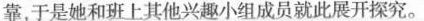
靠，于是她和班上其他兴趣小组成员就此展开探究。